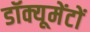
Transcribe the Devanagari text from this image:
डॉक्यूमेंटों